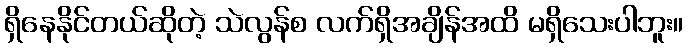
ရှိနေနိုင်တယ်ဆိုတဲ့ သဲလွန်စ လက်ရှိအချိန်အထိ မရှိသေးပါဘူး။